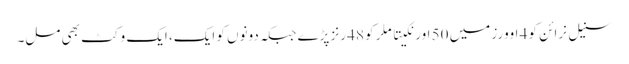
سنیل نرائن کو 4 اوورز میں 50 اور نکیتا ملر کو 48 رنز پڑے جبکہ دونوں کو ایک، ایک وکٹ بھی مل۔